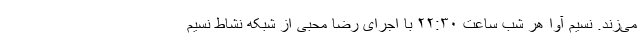
می‌زند. نسیم آوا هر شب ساعت ۲۲:۳۰ با اجرای رضا محبی از شبکه نشاط نسیم